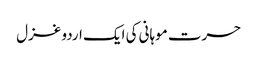
حسرت موہانی کی ایک اردو غزل